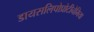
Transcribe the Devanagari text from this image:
डायसलिपोप्रोटीनेमिया